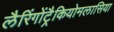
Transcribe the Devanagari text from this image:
लैरिंगोंट्रैकियोमलासिया